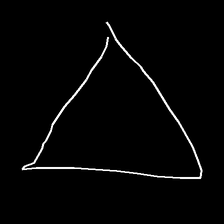
Glyph: convergence